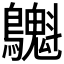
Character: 𪇫